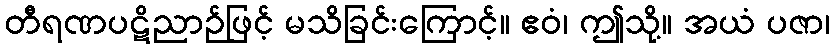
တီရဏပဋိညာဉ်ဖြင့် မသိခြင်းကြောင့်။ ဧဝံ၊ ဤသို့။ အယံ ပဇာ၊